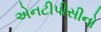
એનટીપીસીનો